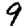
Digit: 9